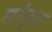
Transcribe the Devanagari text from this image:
सांकृत